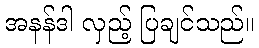
အနန်ဒါ လှည့် ပြချင်သည်။